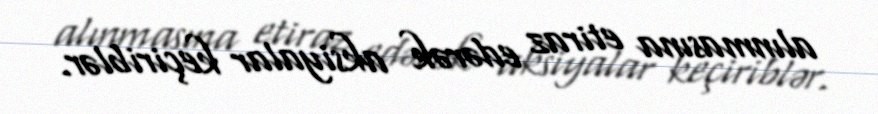
alınmasına etiraz edərək aksiyalar keçiriblər.